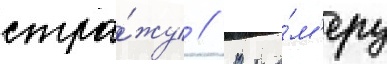
стра́жу // В ка́м'еру